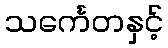
သင်္ကေတနှင့်